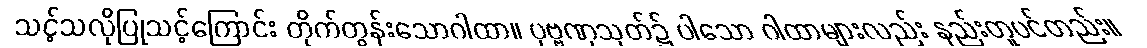
သင့်သလိုပြုသင့်ကြောင်း တိုက်တွန်းသောဂါထာ။ ပုဗ္ဗဏှသုတ်၌ ပါသော ဂါထာများလည်း နည်းတူပင်တည်း။